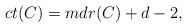
\begin{align*} ct(C)=mdr(C)+d-2,\end{align*}